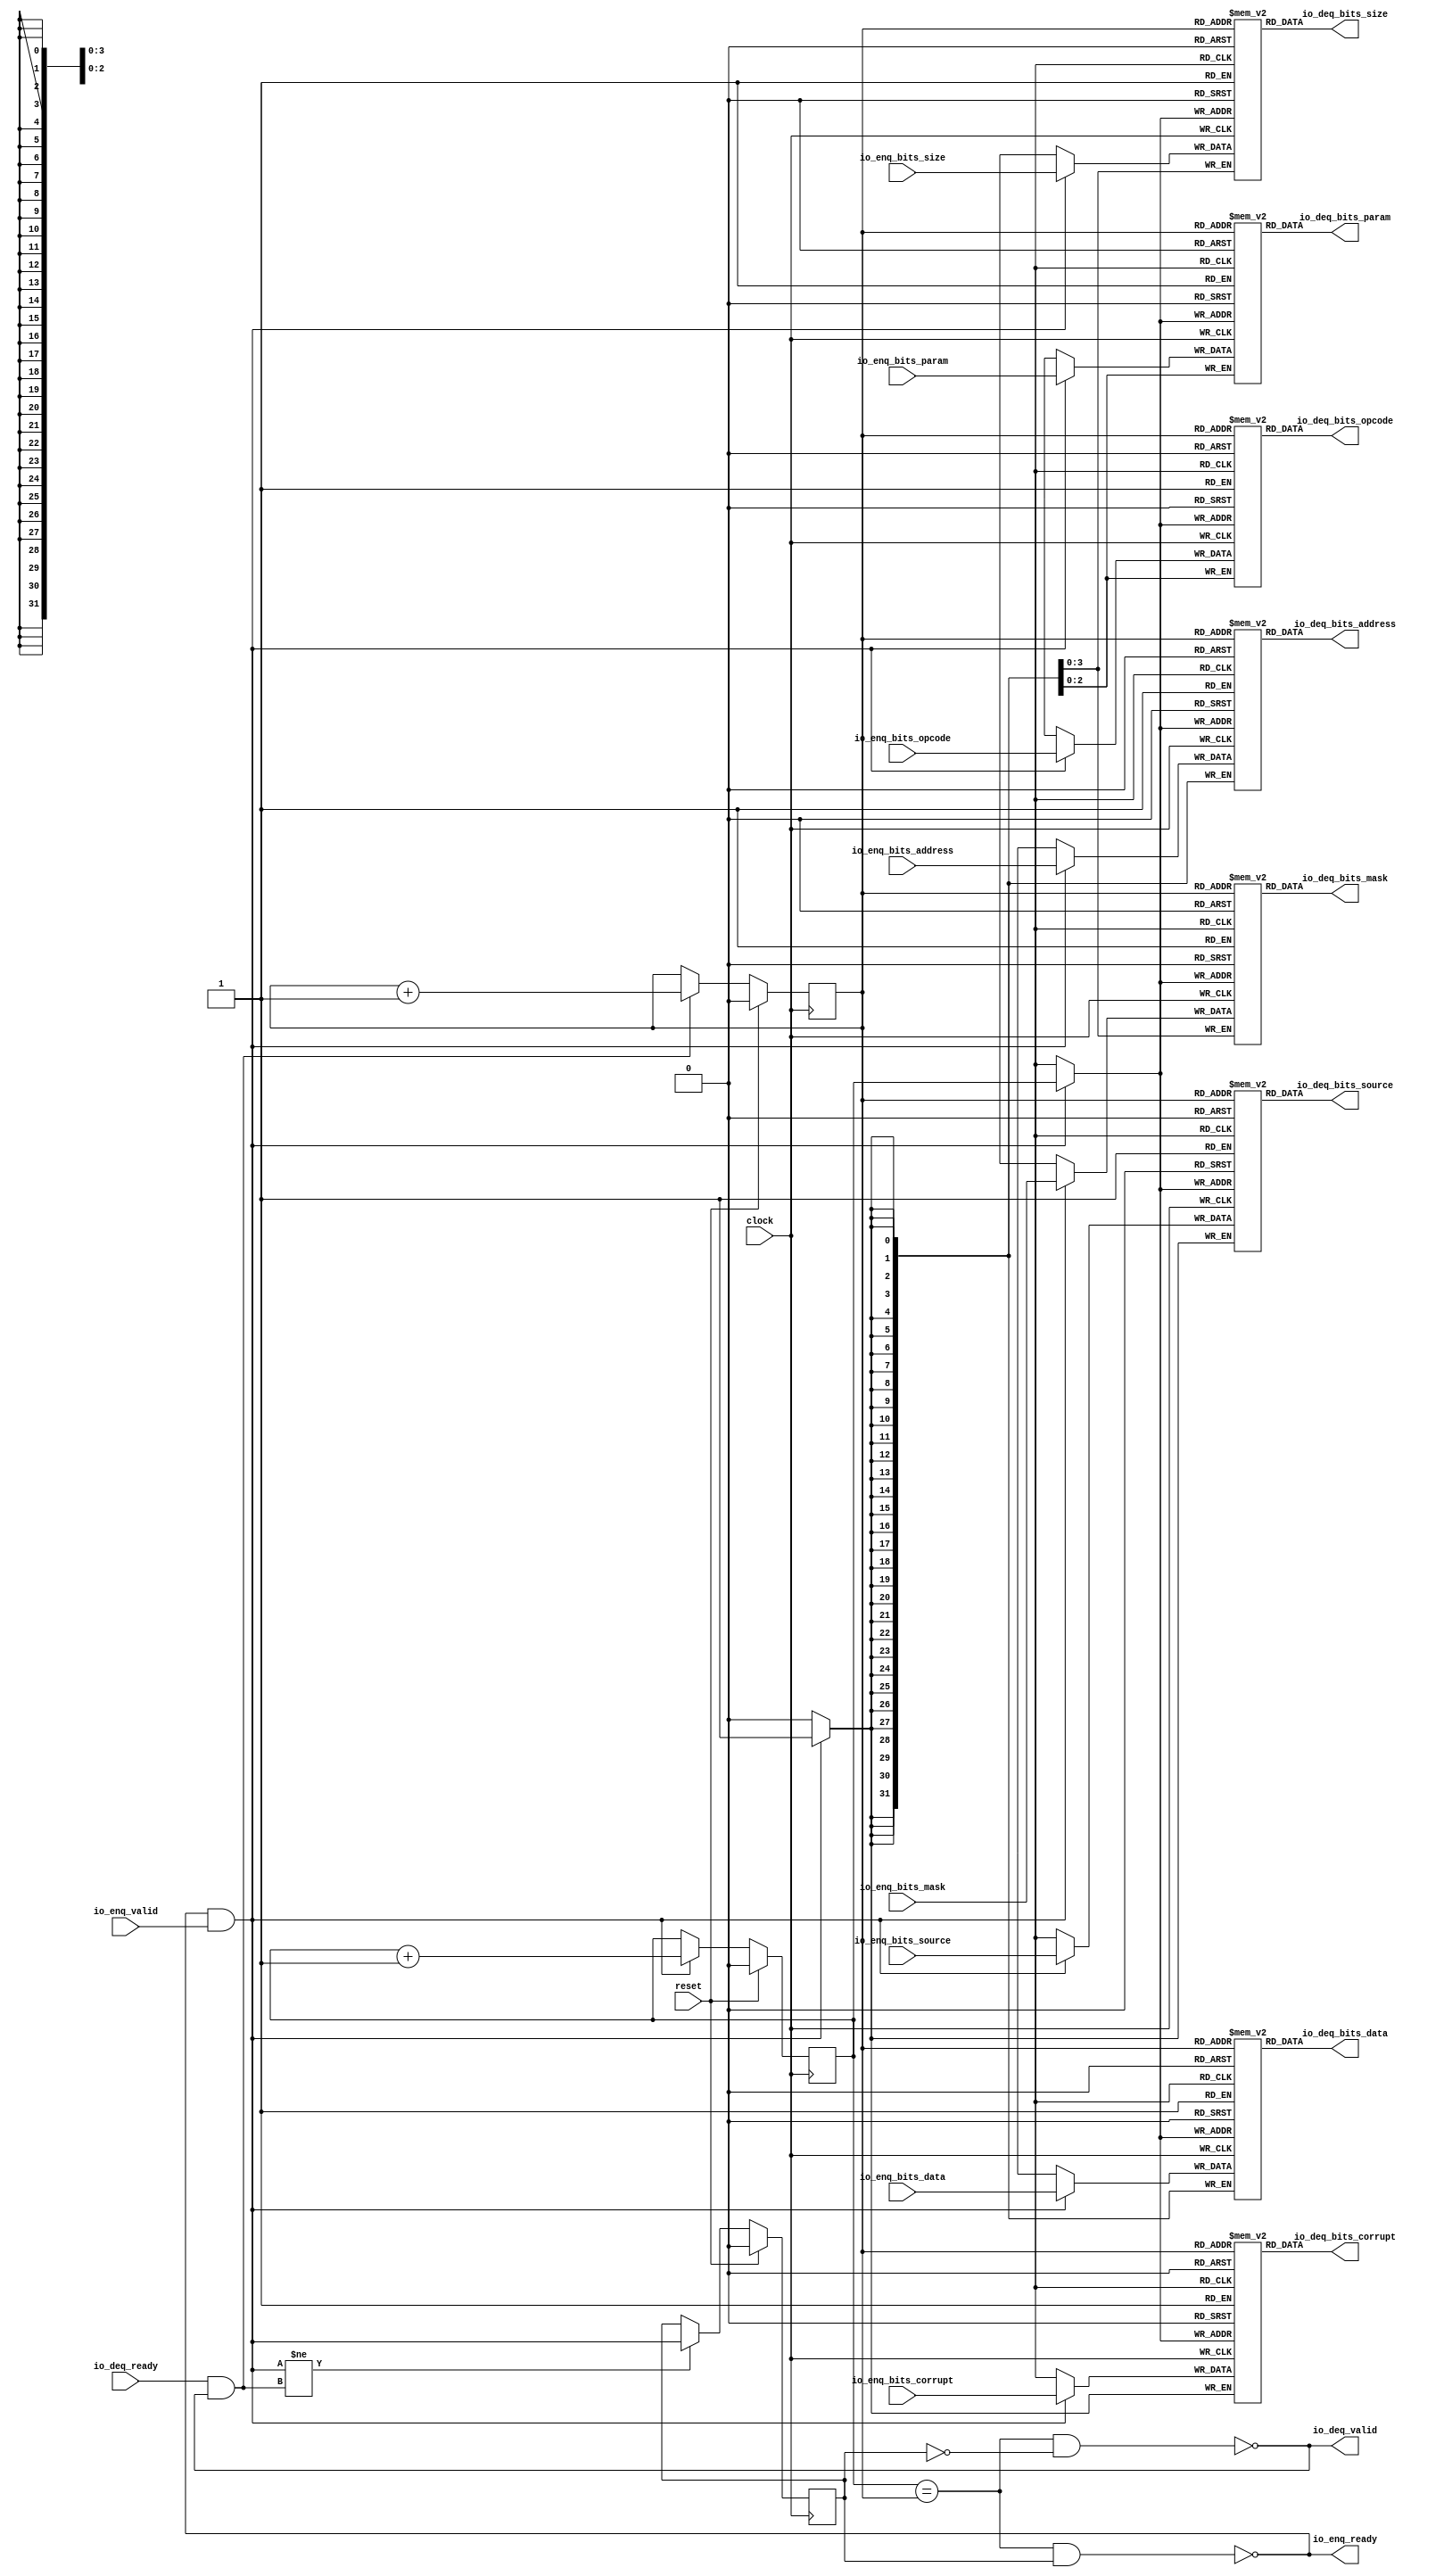
module Queue_38( // @[:freechips.rocketchip.system.TinyConfig.fir@114843.2]
  input         clock, // @[:freechips.rocketchip.system.TinyConfig.fir@114844.4]
  input         reset, // @[:freechips.rocketchip.system.TinyConfig.fir@114845.4]
  output        io_enq_ready, // @[:freechips.rocketchip.system.TinyConfig.fir@114846.4]
  input         io_enq_valid, // @[:freechips.rocketchip.system.TinyConfig.fir@114846.4]
  input  [2:0]  io_enq_bits_opcode, // @[:freechips.rocketchip.system.TinyConfig.fir@114846.4]
  input  [2:0]  io_enq_bits_param, // @[:freechips.rocketchip.system.TinyConfig.fir@114846.4]
  input  [3:0]  io_enq_bits_size, // @[:freechips.rocketchip.system.TinyConfig.fir@114846.4]
  input         io_enq_bits_source, // @[:freechips.rocketchip.system.TinyConfig.fir@114846.4]
  input  [31:0] io_enq_bits_address, // @[:freechips.rocketchip.system.TinyConfig.fir@114846.4]
  input  [3:0]  io_enq_bits_mask, // @[:freechips.rocketchip.system.TinyConfig.fir@114846.4]
  input  [31:0] io_enq_bits_data, // @[:freechips.rocketchip.system.TinyConfig.fir@114846.4]
  input         io_enq_bits_corrupt, // @[:freechips.rocketchip.system.TinyConfig.fir@114846.4]
  input         io_deq_ready, // @[:freechips.rocketchip.system.TinyConfig.fir@114846.4]
  output        io_deq_valid, // @[:freechips.rocketchip.system.TinyConfig.fir@114846.4]
  output [2:0]  io_deq_bits_opcode, // @[:freechips.rocketchip.system.TinyConfig.fir@114846.4]
  output [2:0]  io_deq_bits_param, // @[:freechips.rocketchip.system.TinyConfig.fir@114846.4]
  output [3:0]  io_deq_bits_size, // @[:freechips.rocketchip.system.TinyConfig.fir@114846.4]
  output        io_deq_bits_source, // @[:freechips.rocketchip.system.TinyConfig.fir@114846.4]
  output [31:0] io_deq_bits_address, // @[:freechips.rocketchip.system.TinyConfig.fir@114846.4]
  output [3:0]  io_deq_bits_mask, // @[:freechips.rocketchip.system.TinyConfig.fir@114846.4]
  output [31:0] io_deq_bits_data, // @[:freechips.rocketchip.system.TinyConfig.fir@114846.4]
  output        io_deq_bits_corrupt // @[:freechips.rocketchip.system.TinyConfig.fir@114846.4]
);
  reg [2:0] _T_opcode [0:1]; // @[Decoupled.scala 215:24:freechips.rocketchip.system.TinyConfig.fir@114848.4]
  reg [31:0] _RAND_0;
  wire [2:0] _T_opcode__T_18_data; // @[Decoupled.scala 215:24:freechips.rocketchip.system.TinyConfig.fir@114848.4]
  wire  _T_opcode__T_18_addr; // @[Decoupled.scala 215:24:freechips.rocketchip.system.TinyConfig.fir@114848.4]
  wire [2:0] _T_opcode__T_10_data; // @[Decoupled.scala 215:24:freechips.rocketchip.system.TinyConfig.fir@114848.4]
  wire  _T_opcode__T_10_addr; // @[Decoupled.scala 215:24:freechips.rocketchip.system.TinyConfig.fir@114848.4]
  wire  _T_opcode__T_10_mask; // @[Decoupled.scala 215:24:freechips.rocketchip.system.TinyConfig.fir@114848.4]
  wire  _T_opcode__T_10_en; // @[Decoupled.scala 215:24:freechips.rocketchip.system.TinyConfig.fir@114848.4]
  reg [2:0] _T_param [0:1]; // @[Decoupled.scala 215:24:freechips.rocketchip.system.TinyConfig.fir@114848.4]
  reg [31:0] _RAND_1;
  wire [2:0] _T_param__T_18_data; // @[Decoupled.scala 215:24:freechips.rocketchip.system.TinyConfig.fir@114848.4]
  wire  _T_param__T_18_addr; // @[Decoupled.scala 215:24:freechips.rocketchip.system.TinyConfig.fir@114848.4]
  wire [2:0] _T_param__T_10_data; // @[Decoupled.scala 215:24:freechips.rocketchip.system.TinyConfig.fir@114848.4]
  wire  _T_param__T_10_addr; // @[Decoupled.scala 215:24:freechips.rocketchip.system.TinyConfig.fir@114848.4]
  wire  _T_param__T_10_mask; // @[Decoupled.scala 215:24:freechips.rocketchip.system.TinyConfig.fir@114848.4]
  wire  _T_param__T_10_en; // @[Decoupled.scala 215:24:freechips.rocketchip.system.TinyConfig.fir@114848.4]
  reg [3:0] _T_size [0:1]; // @[Decoupled.scala 215:24:freechips.rocketchip.system.TinyConfig.fir@114848.4]
  reg [31:0] _RAND_2;
  wire [3:0] _T_size__T_18_data; // @[Decoupled.scala 215:24:freechips.rocketchip.system.TinyConfig.fir@114848.4]
  wire  _T_size__T_18_addr; // @[Decoupled.scala 215:24:freechips.rocketchip.system.TinyConfig.fir@114848.4]
  wire [3:0] _T_size__T_10_data; // @[Decoupled.scala 215:24:freechips.rocketchip.system.TinyConfig.fir@114848.4]
  wire  _T_size__T_10_addr; // @[Decoupled.scala 215:24:freechips.rocketchip.system.TinyConfig.fir@114848.4]
  wire  _T_size__T_10_mask; // @[Decoupled.scala 215:24:freechips.rocketchip.system.TinyConfig.fir@114848.4]
  wire  _T_size__T_10_en; // @[Decoupled.scala 215:24:freechips.rocketchip.system.TinyConfig.fir@114848.4]
  reg  _T_source [0:1]; // @[Decoupled.scala 215:24:freechips.rocketchip.system.TinyConfig.fir@114848.4]
  reg [31:0] _RAND_3;
  wire  _T_source__T_18_data; // @[Decoupled.scala 215:24:freechips.rocketchip.system.TinyConfig.fir@114848.4]
  wire  _T_source__T_18_addr; // @[Decoupled.scala 215:24:freechips.rocketchip.system.TinyConfig.fir@114848.4]
  wire  _T_source__T_10_data; // @[Decoupled.scala 215:24:freechips.rocketchip.system.TinyConfig.fir@114848.4]
  wire  _T_source__T_10_addr; // @[Decoupled.scala 215:24:freechips.rocketchip.system.TinyConfig.fir@114848.4]
  wire  _T_source__T_10_mask; // @[Decoupled.scala 215:24:freechips.rocketchip.system.TinyConfig.fir@114848.4]
  wire  _T_source__T_10_en; // @[Decoupled.scala 215:24:freechips.rocketchip.system.TinyConfig.fir@114848.4]
  reg [31:0] _T_address [0:1]; // @[Decoupled.scala 215:24:freechips.rocketchip.system.TinyConfig.fir@114848.4]
  reg [31:0] _RAND_4;
  wire [31:0] _T_address__T_18_data; // @[Decoupled.scala 215:24:freechips.rocketchip.system.TinyConfig.fir@114848.4]
  wire  _T_address__T_18_addr; // @[Decoupled.scala 215:24:freechips.rocketchip.system.TinyConfig.fir@114848.4]
  wire [31:0] _T_address__T_10_data; // @[Decoupled.scala 215:24:freechips.rocketchip.system.TinyConfig.fir@114848.4]
  wire  _T_address__T_10_addr; // @[Decoupled.scala 215:24:freechips.rocketchip.system.TinyConfig.fir@114848.4]
  wire  _T_address__T_10_mask; // @[Decoupled.scala 215:24:freechips.rocketchip.system.TinyConfig.fir@114848.4]
  wire  _T_address__T_10_en; // @[Decoupled.scala 215:24:freechips.rocketchip.system.TinyConfig.fir@114848.4]
  reg [3:0] _T_mask [0:1]; // @[Decoupled.scala 215:24:freechips.rocketchip.system.TinyConfig.fir@114848.4]
  reg [31:0] _RAND_5;
  wire [3:0] _T_mask__T_18_data; // @[Decoupled.scala 215:24:freechips.rocketchip.system.TinyConfig.fir@114848.4]
  wire  _T_mask__T_18_addr; // @[Decoupled.scala 215:24:freechips.rocketchip.system.TinyConfig.fir@114848.4]
  wire [3:0] _T_mask__T_10_data; // @[Decoupled.scala 215:24:freechips.rocketchip.system.TinyConfig.fir@114848.4]
  wire  _T_mask__T_10_addr; // @[Decoupled.scala 215:24:freechips.rocketchip.system.TinyConfig.fir@114848.4]
  wire  _T_mask__T_10_mask; // @[Decoupled.scala 215:24:freechips.rocketchip.system.TinyConfig.fir@114848.4]
  wire  _T_mask__T_10_en; // @[Decoupled.scala 215:24:freechips.rocketchip.system.TinyConfig.fir@114848.4]
  reg [31:0] _T_data [0:1]; // @[Decoupled.scala 215:24:freechips.rocketchip.system.TinyConfig.fir@114848.4]
  reg [31:0] _RAND_6;
  wire [31:0] _T_data__T_18_data; // @[Decoupled.scala 215:24:freechips.rocketchip.system.TinyConfig.fir@114848.4]
  wire  _T_data__T_18_addr; // @[Decoupled.scala 215:24:freechips.rocketchip.system.TinyConfig.fir@114848.4]
  wire [31:0] _T_data__T_10_data; // @[Decoupled.scala 215:24:freechips.rocketchip.system.TinyConfig.fir@114848.4]
  wire  _T_data__T_10_addr; // @[Decoupled.scala 215:24:freechips.rocketchip.system.TinyConfig.fir@114848.4]
  wire  _T_data__T_10_mask; // @[Decoupled.scala 215:24:freechips.rocketchip.system.TinyConfig.fir@114848.4]
  wire  _T_data__T_10_en; // @[Decoupled.scala 215:24:freechips.rocketchip.system.TinyConfig.fir@114848.4]
  reg  _T_corrupt [0:1]; // @[Decoupled.scala 215:24:freechips.rocketchip.system.TinyConfig.fir@114848.4]
  reg [31:0] _RAND_7;
  wire  _T_corrupt__T_18_data; // @[Decoupled.scala 215:24:freechips.rocketchip.system.TinyConfig.fir@114848.4]
  wire  _T_corrupt__T_18_addr; // @[Decoupled.scala 215:24:freechips.rocketchip.system.TinyConfig.fir@114848.4]
  wire  _T_corrupt__T_10_data; // @[Decoupled.scala 215:24:freechips.rocketchip.system.TinyConfig.fir@114848.4]
  wire  _T_corrupt__T_10_addr; // @[Decoupled.scala 215:24:freechips.rocketchip.system.TinyConfig.fir@114848.4]
  wire  _T_corrupt__T_10_mask; // @[Decoupled.scala 215:24:freechips.rocketchip.system.TinyConfig.fir@114848.4]
  wire  _T_corrupt__T_10_en; // @[Decoupled.scala 215:24:freechips.rocketchip.system.TinyConfig.fir@114848.4]
  reg  value; // @[Counter.scala 26:33:freechips.rocketchip.system.TinyConfig.fir@114849.4]
  reg [31:0] _RAND_8;
  reg  value_1; // @[Counter.scala 26:33:freechips.rocketchip.system.TinyConfig.fir@114850.4]
  reg [31:0] _RAND_9;
  reg  _T_1; // @[Decoupled.scala 218:35:freechips.rocketchip.system.TinyConfig.fir@114851.4]
  reg [31:0] _RAND_10;
  wire  _T_2; // @[Decoupled.scala 220:41:freechips.rocketchip.system.TinyConfig.fir@114852.4]
  wire  _T_3; // @[Decoupled.scala 221:36:freechips.rocketchip.system.TinyConfig.fir@114853.4]
  wire  _T_4; // @[Decoupled.scala 221:33:freechips.rocketchip.system.TinyConfig.fir@114854.4]
  wire  _T_5; // @[Decoupled.scala 222:32:freechips.rocketchip.system.TinyConfig.fir@114855.4]
  wire  _T_6; // @[Decoupled.scala 37:37:freechips.rocketchip.system.TinyConfig.fir@114856.4]
  wire  _T_8; // @[Decoupled.scala 37:37:freechips.rocketchip.system.TinyConfig.fir@114859.4]
  wire  _T_12; // @[Counter.scala 35:22:freechips.rocketchip.system.TinyConfig.fir@114874.6]
  wire  _T_14; // @[Counter.scala 35:22:freechips.rocketchip.system.TinyConfig.fir@114880.6]
  wire  _T_15; // @[Decoupled.scala 233:16:freechips.rocketchip.system.TinyConfig.fir@114883.4]
  assign _T_opcode__T_18_addr = value_1;
  assign _T_opcode__T_18_data = _T_opcode[_T_opcode__T_18_addr]; // @[Decoupled.scala 215:24:freechips.rocketchip.system.TinyConfig.fir@114848.4]
  assign _T_opcode__T_10_data = io_enq_bits_opcode;
  assign _T_opcode__T_10_addr = value;
  assign _T_opcode__T_10_mask = 1'h1;
  assign _T_opcode__T_10_en = io_enq_ready & io_enq_valid;
  assign _T_param__T_18_addr = value_1;
  assign _T_param__T_18_data = _T_param[_T_param__T_18_addr]; // @[Decoupled.scala 215:24:freechips.rocketchip.system.TinyConfig.fir@114848.4]
  assign _T_param__T_10_data = io_enq_bits_param;
  assign _T_param__T_10_addr = value;
  assign _T_param__T_10_mask = 1'h1;
  assign _T_param__T_10_en = io_enq_ready & io_enq_valid;
  assign _T_size__T_18_addr = value_1;
  assign _T_size__T_18_data = _T_size[_T_size__T_18_addr]; // @[Decoupled.scala 215:24:freechips.rocketchip.system.TinyConfig.fir@114848.4]
  assign _T_size__T_10_data = io_enq_bits_size;
  assign _T_size__T_10_addr = value;
  assign _T_size__T_10_mask = 1'h1;
  assign _T_size__T_10_en = io_enq_ready & io_enq_valid;
  assign _T_source__T_18_addr = value_1;
  assign _T_source__T_18_data = _T_source[_T_source__T_18_addr]; // @[Decoupled.scala 215:24:freechips.rocketchip.system.TinyConfig.fir@114848.4]
  assign _T_source__T_10_data = io_enq_bits_source;
  assign _T_source__T_10_addr = value;
  assign _T_source__T_10_mask = 1'h1;
  assign _T_source__T_10_en = io_enq_ready & io_enq_valid;
  assign _T_address__T_18_addr = value_1;
  assign _T_address__T_18_data = _T_address[_T_address__T_18_addr]; // @[Decoupled.scala 215:24:freechips.rocketchip.system.TinyConfig.fir@114848.4]
  assign _T_address__T_10_data = io_enq_bits_address;
  assign _T_address__T_10_addr = value;
  assign _T_address__T_10_mask = 1'h1;
  assign _T_address__T_10_en = io_enq_ready & io_enq_valid;
  assign _T_mask__T_18_addr = value_1;
  assign _T_mask__T_18_data = _T_mask[_T_mask__T_18_addr]; // @[Decoupled.scala 215:24:freechips.rocketchip.system.TinyConfig.fir@114848.4]
  assign _T_mask__T_10_data = io_enq_bits_mask;
  assign _T_mask__T_10_addr = value;
  assign _T_mask__T_10_mask = 1'h1;
  assign _T_mask__T_10_en = io_enq_ready & io_enq_valid;
  assign _T_data__T_18_addr = value_1;
  assign _T_data__T_18_data = _T_data[_T_data__T_18_addr]; // @[Decoupled.scala 215:24:freechips.rocketchip.system.TinyConfig.fir@114848.4]
  assign _T_data__T_10_data = io_enq_bits_data;
  assign _T_data__T_10_addr = value;
  assign _T_data__T_10_mask = 1'h1;
  assign _T_data__T_10_en = io_enq_ready & io_enq_valid;
  assign _T_corrupt__T_18_addr = value_1;
  assign _T_corrupt__T_18_data = _T_corrupt[_T_corrupt__T_18_addr]; // @[Decoupled.scala 215:24:freechips.rocketchip.system.TinyConfig.fir@114848.4]
  assign _T_corrupt__T_10_data = io_enq_bits_corrupt;
  assign _T_corrupt__T_10_addr = value;
  assign _T_corrupt__T_10_mask = 1'h1;
  assign _T_corrupt__T_10_en = io_enq_ready & io_enq_valid;
  assign _T_2 = value == value_1; // @[Decoupled.scala 220:41:freechips.rocketchip.system.TinyConfig.fir@114852.4]
  assign _T_3 = _T_1 == 1'h0; // @[Decoupled.scala 221:36:freechips.rocketchip.system.TinyConfig.fir@114853.4]
  assign _T_4 = _T_2 & _T_3; // @[Decoupled.scala 221:33:freechips.rocketchip.system.TinyConfig.fir@114854.4]
  assign _T_5 = _T_2 & _T_1; // @[Decoupled.scala 222:32:freechips.rocketchip.system.TinyConfig.fir@114855.4]
  assign _T_6 = io_enq_ready & io_enq_valid; // @[Decoupled.scala 37:37:freechips.rocketchip.system.TinyConfig.fir@114856.4]
  assign _T_8 = io_deq_ready & io_deq_valid; // @[Decoupled.scala 37:37:freechips.rocketchip.system.TinyConfig.fir@114859.4]
  assign _T_12 = value + 1'h1; // @[Counter.scala 35:22:freechips.rocketchip.system.TinyConfig.fir@114874.6]
  assign _T_14 = value_1 + 1'h1; // @[Counter.scala 35:22:freechips.rocketchip.system.TinyConfig.fir@114880.6]
  assign _T_15 = _T_6 != _T_8; // @[Decoupled.scala 233:16:freechips.rocketchip.system.TinyConfig.fir@114883.4]
  assign io_enq_ready = _T_5 == 1'h0; // @[Decoupled.scala 238:16:freechips.rocketchip.system.TinyConfig.fir@114890.4]
  assign io_deq_valid = _T_4 == 1'h0; // @[Decoupled.scala 237:16:freechips.rocketchip.system.TinyConfig.fir@114888.4]
  assign io_deq_bits_opcode = _T_opcode__T_18_data; // @[Decoupled.scala 239:15:freechips.rocketchip.system.TinyConfig.fir@114899.4]
  assign io_deq_bits_param = _T_param__T_18_data; // @[Decoupled.scala 239:15:freechips.rocketchip.system.TinyConfig.fir@114898.4]
  assign io_deq_bits_size = _T_size__T_18_data; // @[Decoupled.scala 239:15:freechips.rocketchip.system.TinyConfig.fir@114897.4]
  assign io_deq_bits_source = _T_source__T_18_data; // @[Decoupled.scala 239:15:freechips.rocketchip.system.TinyConfig.fir@114896.4]
  assign io_deq_bits_address = _T_address__T_18_data; // @[Decoupled.scala 239:15:freechips.rocketchip.system.TinyConfig.fir@114895.4]
  assign io_deq_bits_mask = _T_mask__T_18_data; // @[Decoupled.scala 239:15:freechips.rocketchip.system.TinyConfig.fir@114894.4]
  assign io_deq_bits_data = _T_data__T_18_data; // @[Decoupled.scala 239:15:freechips.rocketchip.system.TinyConfig.fir@114893.4]
  assign io_deq_bits_corrupt = _T_corrupt__T_18_data; // @[Decoupled.scala 239:15:freechips.rocketchip.system.TinyConfig.fir@114892.4]
`ifdef RANDOMIZE_GARBAGE_ASSIGN
`define RANDOMIZE
`endif
`ifdef RANDOMIZE_INVALID_ASSIGN
`define RANDOMIZE
`endif
`ifdef RANDOMIZE_REG_INIT
`define RANDOMIZE
`endif
`ifdef RANDOMIZE_MEM_INIT
`define RANDOMIZE
`endif
`ifndef RANDOM
`define RANDOM $random
`endif
`ifdef RANDOMIZE_MEM_INIT
  integer initvar;
`endif
initial begin
  `ifdef RANDOMIZE
    `ifdef INIT_RANDOM
      `INIT_RANDOM
    `endif
    `ifndef VERILATOR
      `ifdef RANDOMIZE_DELAY
        #`RANDOMIZE_DELAY begin end
      `else
        #0.002 begin end
      `endif
    `endif
  _RAND_0 = {1{`RANDOM}};
  `ifdef RANDOMIZE_MEM_INIT
  for (initvar = 0; initvar < 2; initvar = initvar+1)
    _T_opcode[initvar] = _RAND_0[2:0];
  `endif // RANDOMIZE_MEM_INIT
  _RAND_1 = {1{`RANDOM}};
  `ifdef RANDOMIZE_MEM_INIT
  for (initvar = 0; initvar < 2; initvar = initvar+1)
    _T_param[initvar] = _RAND_1[2:0];
  `endif // RANDOMIZE_MEM_INIT
  _RAND_2 = {1{`RANDOM}};
  `ifdef RANDOMIZE_MEM_INIT
  for (initvar = 0; initvar < 2; initvar = initvar+1)
    _T_size[initvar] = _RAND_2[3:0];
  `endif // RANDOMIZE_MEM_INIT
  _RAND_3 = {1{`RANDOM}};
  `ifdef RANDOMIZE_MEM_INIT
  for (initvar = 0; initvar < 2; initvar = initvar+1)
    _T_source[initvar] = _RAND_3[0:0];
  `endif // RANDOMIZE_MEM_INIT
  _RAND_4 = {1{`RANDOM}};
  `ifdef RANDOMIZE_MEM_INIT
  for (initvar = 0; initvar < 2; initvar = initvar+1)
    _T_address[initvar] = _RAND_4[31:0];
  `endif // RANDOMIZE_MEM_INIT
  _RAND_5 = {1{`RANDOM}};
  `ifdef RANDOMIZE_MEM_INIT
  for (initvar = 0; initvar < 2; initvar = initvar+1)
    _T_mask[initvar] = _RAND_5[3:0];
  `endif // RANDOMIZE_MEM_INIT
  _RAND_6 = {1{`RANDOM}};
  `ifdef RANDOMIZE_MEM_INIT
  for (initvar = 0; initvar < 2; initvar = initvar+1)
    _T_data[initvar] = _RAND_6[31:0];
  `endif // RANDOMIZE_MEM_INIT
  _RAND_7 = {1{`RANDOM}};
  `ifdef RANDOMIZE_MEM_INIT
  for (initvar = 0; initvar < 2; initvar = initvar+1)
    _T_corrupt[initvar] = _RAND_7[0:0];
  `endif // RANDOMIZE_MEM_INIT
  `ifdef RANDOMIZE_REG_INIT
  _RAND_8 = {1{`RANDOM}};
  value = _RAND_8[0:0];
  `endif // RANDOMIZE_REG_INIT
  `ifdef RANDOMIZE_REG_INIT
  _RAND_9 = {1{`RANDOM}};
  value_1 = _RAND_9[0:0];
  `endif // RANDOMIZE_REG_INIT
  `ifdef RANDOMIZE_REG_INIT
  _RAND_10 = {1{`RANDOM}};
  _T_1 = _RAND_10[0:0];
  `endif // RANDOMIZE_REG_INIT
  `endif // RANDOMIZE
end
  always @(posedge clock) begin
    if(_T_opcode__T_10_en & _T_opcode__T_10_mask) begin
      _T_opcode[_T_opcode__T_10_addr] <= _T_opcode__T_10_data; // @[Decoupled.scala 215:24:freechips.rocketchip.system.TinyConfig.fir@114848.4]
    end
    if(_T_param__T_10_en & _T_param__T_10_mask) begin
      _T_param[_T_param__T_10_addr] <= _T_param__T_10_data; // @[Decoupled.scala 215:24:freechips.rocketchip.system.TinyConfig.fir@114848.4]
    end
    if(_T_size__T_10_en & _T_size__T_10_mask) begin
      _T_size[_T_size__T_10_addr] <= _T_size__T_10_data; // @[Decoupled.scala 215:24:freechips.rocketchip.system.TinyConfig.fir@114848.4]
    end
    if(_T_source__T_10_en & _T_source__T_10_mask) begin
      _T_source[_T_source__T_10_addr] <= _T_source__T_10_data; // @[Decoupled.scala 215:24:freechips.rocketchip.system.TinyConfig.fir@114848.4]
    end
    if(_T_address__T_10_en & _T_address__T_10_mask) begin
      _T_address[_T_address__T_10_addr] <= _T_address__T_10_data; // @[Decoupled.scala 215:24:freechips.rocketchip.system.TinyConfig.fir@114848.4]
    end
    if(_T_mask__T_10_en & _T_mask__T_10_mask) begin
      _T_mask[_T_mask__T_10_addr] <= _T_mask__T_10_data; // @[Decoupled.scala 215:24:freechips.rocketchip.system.TinyConfig.fir@114848.4]
    end
    if(_T_data__T_10_en & _T_data__T_10_mask) begin
      _T_data[_T_data__T_10_addr] <= _T_data__T_10_data; // @[Decoupled.scala 215:24:freechips.rocketchip.system.TinyConfig.fir@114848.4]
    end
    if(_T_corrupt__T_10_en & _T_corrupt__T_10_mask) begin
      _T_corrupt[_T_corrupt__T_10_addr] <= _T_corrupt__T_10_data; // @[Decoupled.scala 215:24:freechips.rocketchip.system.TinyConfig.fir@114848.4]
    end
    if (reset) begin
      value <= 1'h0;
    end else begin
      if (_T_6) begin
        value <= _T_12;
      end
    end
    if (reset) begin
      value_1 <= 1'h0;
    end else begin
      if (_T_8) begin
        value_1 <= _T_14;
      end
    end
    if (reset) begin
      _T_1 <= 1'h0;
    end else begin
      if (_T_15) begin
        _T_1 <= _T_6;
      end
    end
  end
endmodule